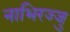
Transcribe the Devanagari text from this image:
नाभिरज्जु